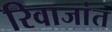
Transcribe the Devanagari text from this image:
रिवाजांत